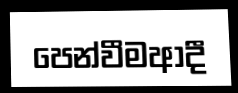
පෙන්වීමආදී